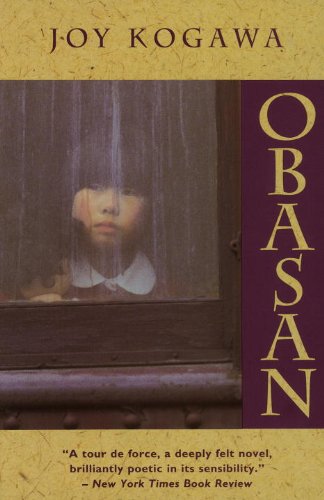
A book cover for Obasan; Joy Kogawa; Teen & Young Adult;